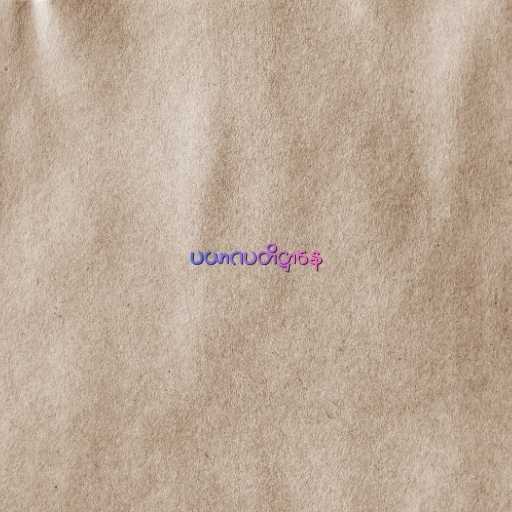
ပယာဂပတိဋ္ဌာနေ